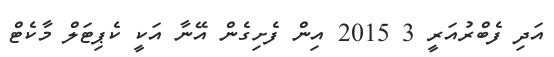
އަދި ފެބްރުއަރީ 3 2015 އިން ފެށިގެން އޭނާ އަކީ ކެޕިޓަލް މާކެޓް